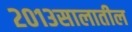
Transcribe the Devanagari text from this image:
२०१३सालातील